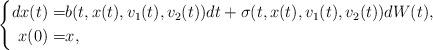
LaTeX: \begin{align*}\left\{\begin{aligned}dx(t)=&b(t,x(t),v_{1}(t),v_{2}(t))dt+\sigma(t,x(t),v_{1}(t),v_{2}(t))dW(t),\\x(0)=&x,\end{aligned}\right.\end{align*}